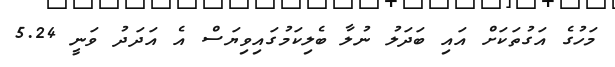
މަހުގެ އަގުތަކަށް އައި ބަދަލު ނުލާ ބެލިކަމުގައިވިޔަސް އެ އަދަދު ވަނީ 5.24